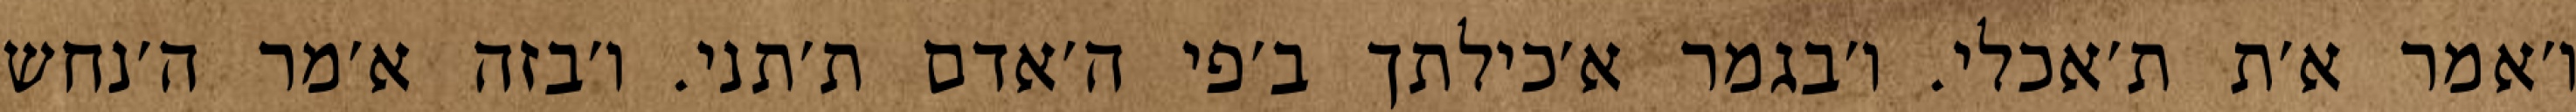
ו׳אמר א׳ת ת׳אכלי. ו׳בגמר א׳כילתך ב׳פי ה׳אדם ת׳תני. ו׳בזה א׳מר ה׳נחש